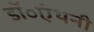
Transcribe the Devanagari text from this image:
डॉ॰एंथनी